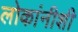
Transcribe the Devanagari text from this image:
लोकांनीशी